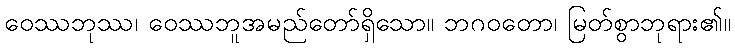
ဝေဿဘုဿ၊ ဝေဿဘူအမည်တော်ရှိသော။ ဘဂဝတော၊ မြတ်စွာဘုရား၏။